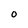
Character: O